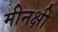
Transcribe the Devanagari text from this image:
मीनक्षी